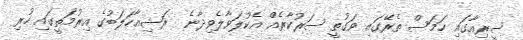
ސީރިއާގައި ހަމަސް ތެރޭގައި ވަގުތީ ސަރުކާރެއް އެކުލަވާލެވިދާނެ  ރަޝިއާހަލަބުގެ އިރުމަތީގައި ހުރި